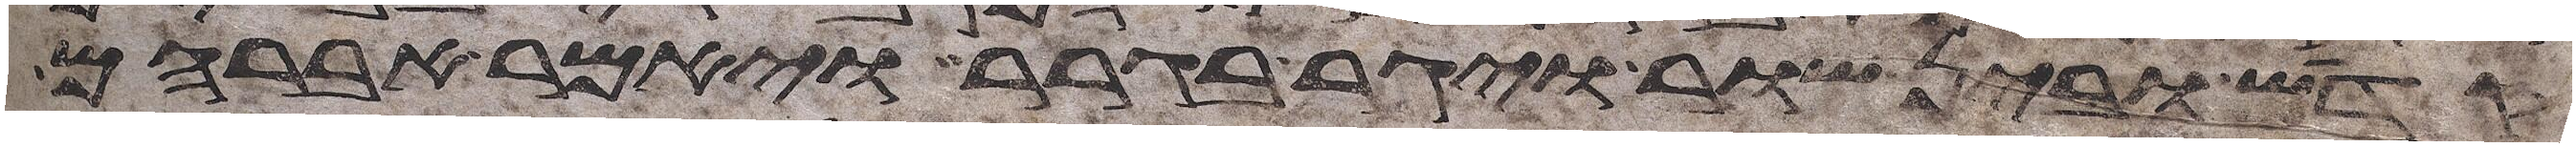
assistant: קדש ובין שור ויגר בגרר ויאמר אברהם